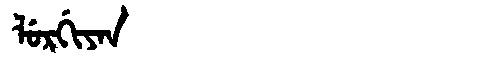
Manchu: ᠯᡠᡵᡤᡳᠶᠠᠨ
Romanization: LURGIYAN